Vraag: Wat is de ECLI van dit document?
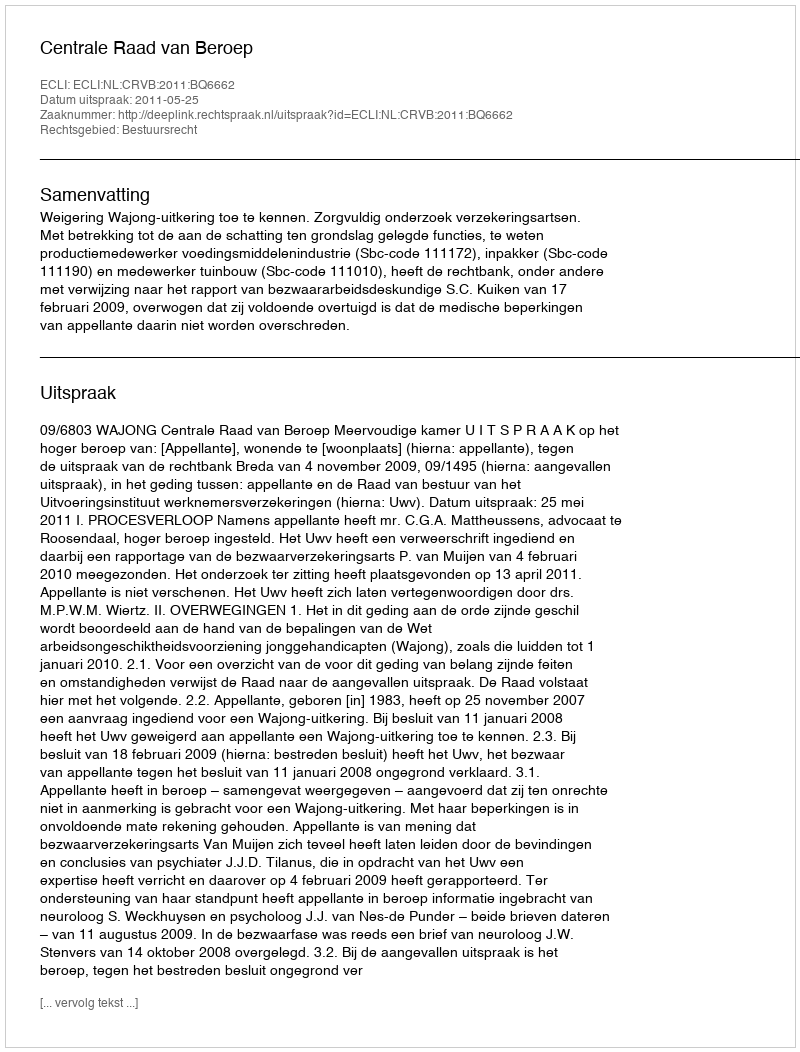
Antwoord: ECLI:NL:CRVB:2011:BQ6662